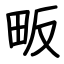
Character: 畈